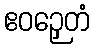
ဧဝဉှေတံ